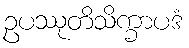
ဥပဿုတိသိက္ခာပဒံ